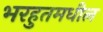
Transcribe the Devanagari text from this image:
भरहुतमधील